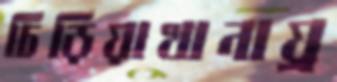
চিড়িয়াখানায়্র